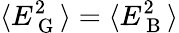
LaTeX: \langle E_{\mathrm{~G~}}^{2}\rangle=\langle E_{\mathrm{~B~}}^{2}\rangle